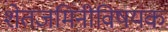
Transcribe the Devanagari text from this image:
शेतजमिनीविषयक